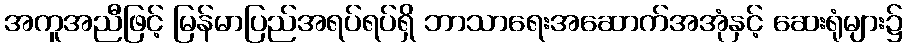
အကူအညီဖြင့် မြန်မာပြည်အရပ်ရပ်ရှိ ဘာသာရေးအဆောက်အအုံနှင့် ဆေးရုံများ၌